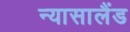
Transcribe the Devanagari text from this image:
न्यासालैंड